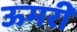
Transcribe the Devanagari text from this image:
ऊमरी